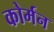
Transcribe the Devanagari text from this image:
कोर्मन